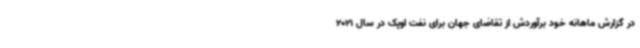
در گزارش ماهانه خود برآوردش از تقاضای جهان برای نفت اوپک در سال 2021